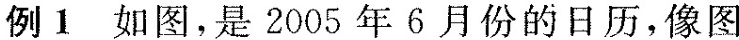
例1 如图，是2005年6月份的日历，像图